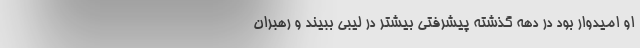
او امیدوار بود در دهه گذشته پیشرفتی بیشتر در لیبی ببیند و رهبرانِ